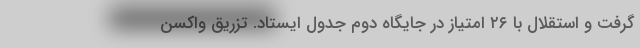
گرفت و استقلال با ۲۶ امتیاز در جایگاه دوم جدول ایستاد. تزریق واکسن